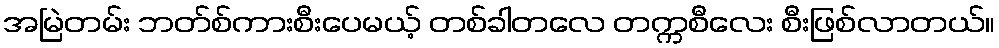
အမြဲတမ်း ဘတ်စ်ကားစီးပေမယ့် တစ်ခါတလေ တက္ကစီလေး စီးဖြစ်လာတယ်။